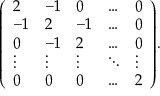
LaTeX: { \left( \begin{array} { l l l l l } { 2 } & { - 1 } & { 0 } & { \dots } & { 0 } \\ { - 1 } & { 2 } & { - 1 } & { \dots } & { 0 } \\ { 0 } & { - 1 } & { 2 } & { \dots } & { 0 } \\ { \vdots } & { \vdots } & { \vdots } & { \ddots } & { \vdots } \\ { 0 } & { 0 } & { 0 } & { \dots } & { 2 } \end{array} \right) } .